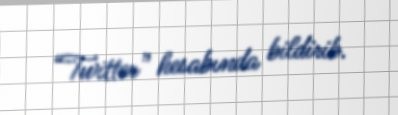
“Twitter” hesabında bildirib.